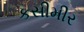
કસીમીર